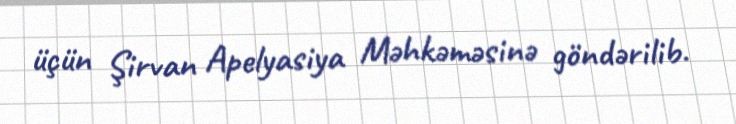
üçün Şirvan Apelyasiya Məhkəməsinə göndərilib.